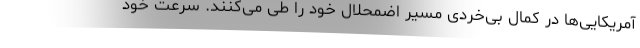
آمریکایی‌ها در کمال بی‌خردی مسیر اضمحلال خود را طی می‌کنند. سرعت خود